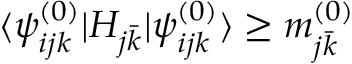
\langle \psi _ { i j k } ^ { ( 0 ) } | H _ { j \bar { k } } | \psi _ { i j k } ^ { ( 0 ) } \rangle \geq m _ { j \bar { k } } ^ { ( 0 ) }